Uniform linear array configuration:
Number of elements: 16
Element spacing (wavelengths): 1
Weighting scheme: cosine
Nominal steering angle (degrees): -30
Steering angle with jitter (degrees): -30.619
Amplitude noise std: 0.05
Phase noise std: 0.05

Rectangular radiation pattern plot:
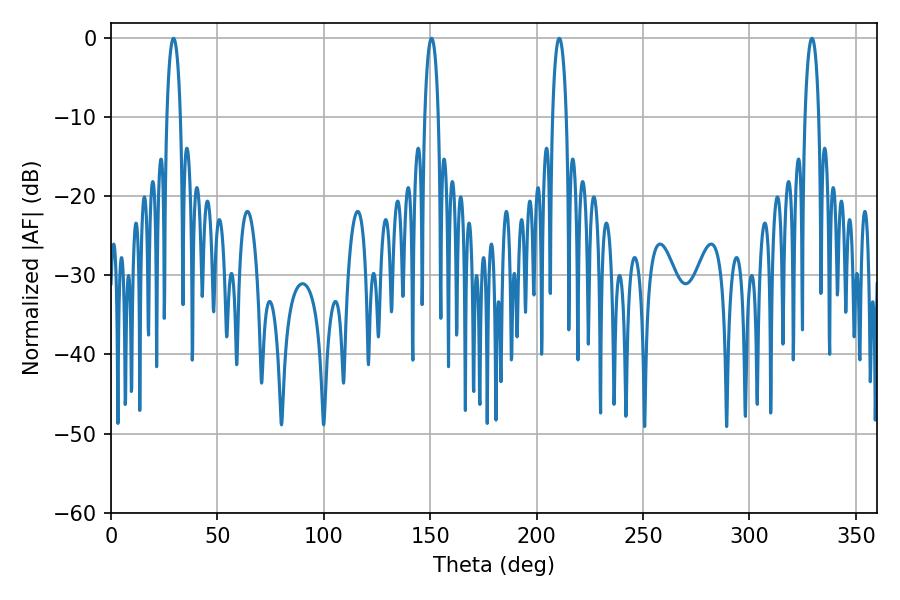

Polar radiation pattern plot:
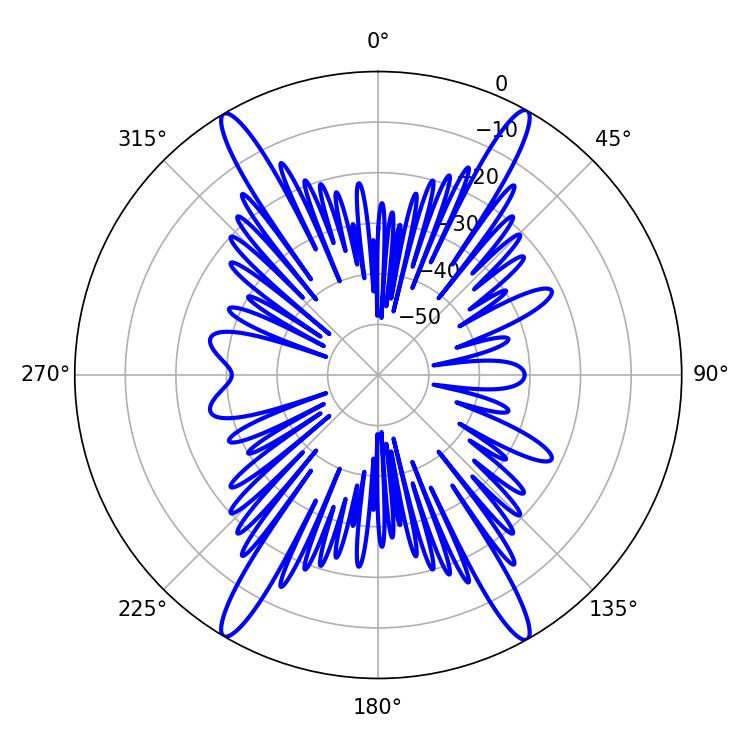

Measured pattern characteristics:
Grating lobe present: TRUE
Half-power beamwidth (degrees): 3.6
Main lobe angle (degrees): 210.6